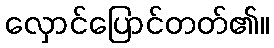
လှောင်ပြောင်တတ်၏။